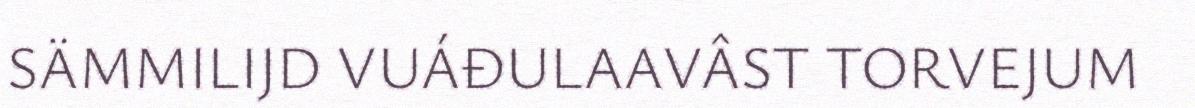
SÄMMILIJD VUÁĐULAAVÂST TORVEJUM